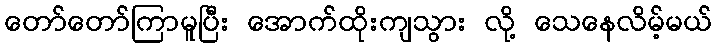
တော်တော်ကြာမူပြီး အောက်ထိုးကျသွား လို့ သေနေလိမ့်မယ်